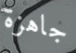
جاهزة